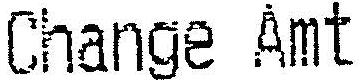
CHANGE AMT